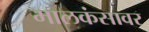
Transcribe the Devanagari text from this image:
मालकंसावर